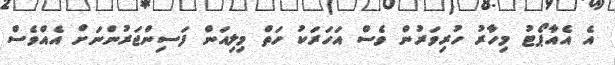
އެ އެއާޕޯޓު މިހާރު ހުރިވަރުން ވެސް އަހަރަކު ހަތް މިލިއަން ފަސިންޖަރުންނަށް އެއްވެސް